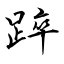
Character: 踤